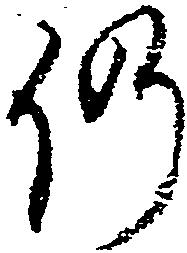
仍